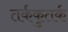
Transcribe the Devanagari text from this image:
तर्ककुतर्क